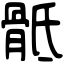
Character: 骶